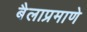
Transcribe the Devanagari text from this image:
बैलाप्रमाणे